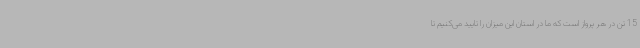
15 تن در هر پرواز است که ما در استان این میزان را تایید می‌کنیم تا